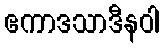
ဧကာဒသာဒီနဝါ